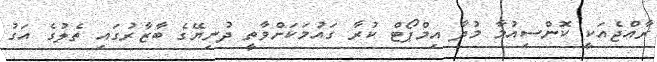
ރާއްޖެއަކީ ކޮންސިއުމާ މުދާ އިމްޕޯޓް ކުރާ ގައުމަކަށްވާތީ ދުނިޔޭގެ ބާޒާރުގައި ތެލުގެ އަގު